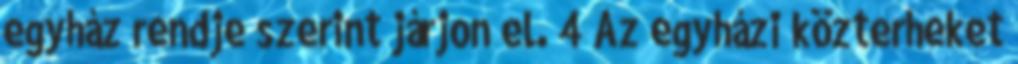
egyház rendje szerint járjon el. 4 Az egyházi közterheket